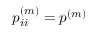
p _ { i i } ^ { ( m ) } = p ^ { ( m ) }